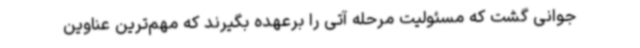
جوانی گشت که مسئولیت مرحله آتی را برعهده بگیرند که مهم‌ترین عناوین